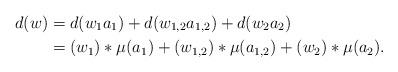
\begin{align*}d(w) &= d(w_1a_1) + d(w_{1,2} a_{1,2}) + d(w_2a_2)\\ &= (w_{1})*\mu(a_1) + (w_{1,2})*\mu(a_{1,2}) + (w_{2})*\mu(a_2).\end{align*}